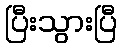
ပြီးသွားပြီ